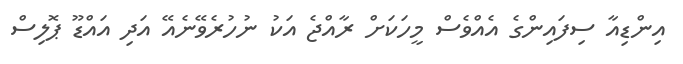
އިންޑިއާ ސިފައިންގެ އެއްވެސް މީހަކަށް ރާއްޖެ އަކު ނުހުރެވޭނެއޭ އަދި އައްޑޫ ޕޮލިސް